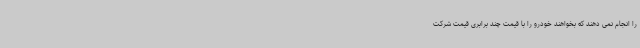
را انجام نمی دهند که بخواهند خودرو را با قیمت چند برابری قیمت شرکت